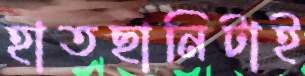
হাতছানিটাই